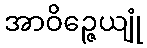
အာဝိဉ္ဇေယျုံ